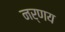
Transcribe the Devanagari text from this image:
नर्णय